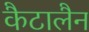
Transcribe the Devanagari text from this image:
कैटालैन